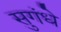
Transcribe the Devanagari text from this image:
सुगंधे